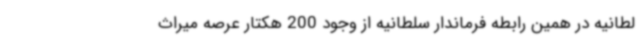
لطانیه در همین رابطه فرماندار سلطانیه از وجود 200 هکتار عرصه میراث